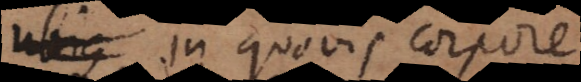
In quovis corpore